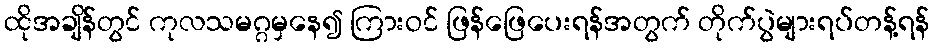
ထိုအချိန်တွင် ကုလသမဂ္ဂမှနေ၍ ကြားဝင် ဖြန်ဖြေပေးရန်အတွက် တိုက်ပွဲများရပ်တန့်ရန်